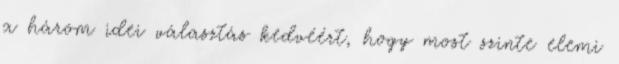
a három idei választás kedvéért, hogy most szinte elemi